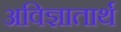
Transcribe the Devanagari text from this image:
अविज्ञातार्थ